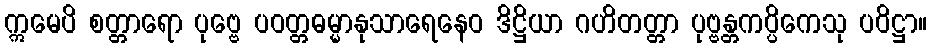
ဣမေပိ စတ္တာရော ပုဗ္ဗေ ပဝတ္တဓမ္မာနုသာရေနေဝ ဒိဋ္ဌိယာ ဂဟိတတ္တာ ပုဗ္ဗန္တကပ္ပိကေသု ပဝိဋ္ဌာ။